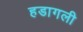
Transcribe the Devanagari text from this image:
हडागली